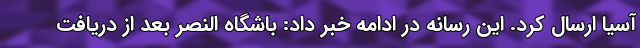
آسیا ارسال کرد. این رسانه در ادامه خبر داد: باشگاه النصر بعد از دریافت